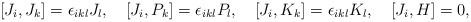
LaTeX: \begin{align*}[J_i,J_k]=\epsilon_{ikl}J_l,\quad [J_i,P_k]=\epsilon_{ikl}P_l,\quad [J_i,K_k]=\epsilon_{ikl}K_l, \quad [J_i,H]=0,\end{align*}